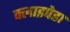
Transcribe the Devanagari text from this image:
क्लाइपेडा